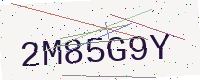
Text: 2M85G9Y